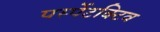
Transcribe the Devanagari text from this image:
पर्स्पेटक्टिव